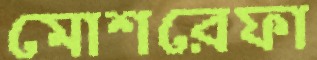
মোশরেফা